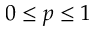
0 \leq p \leq 1